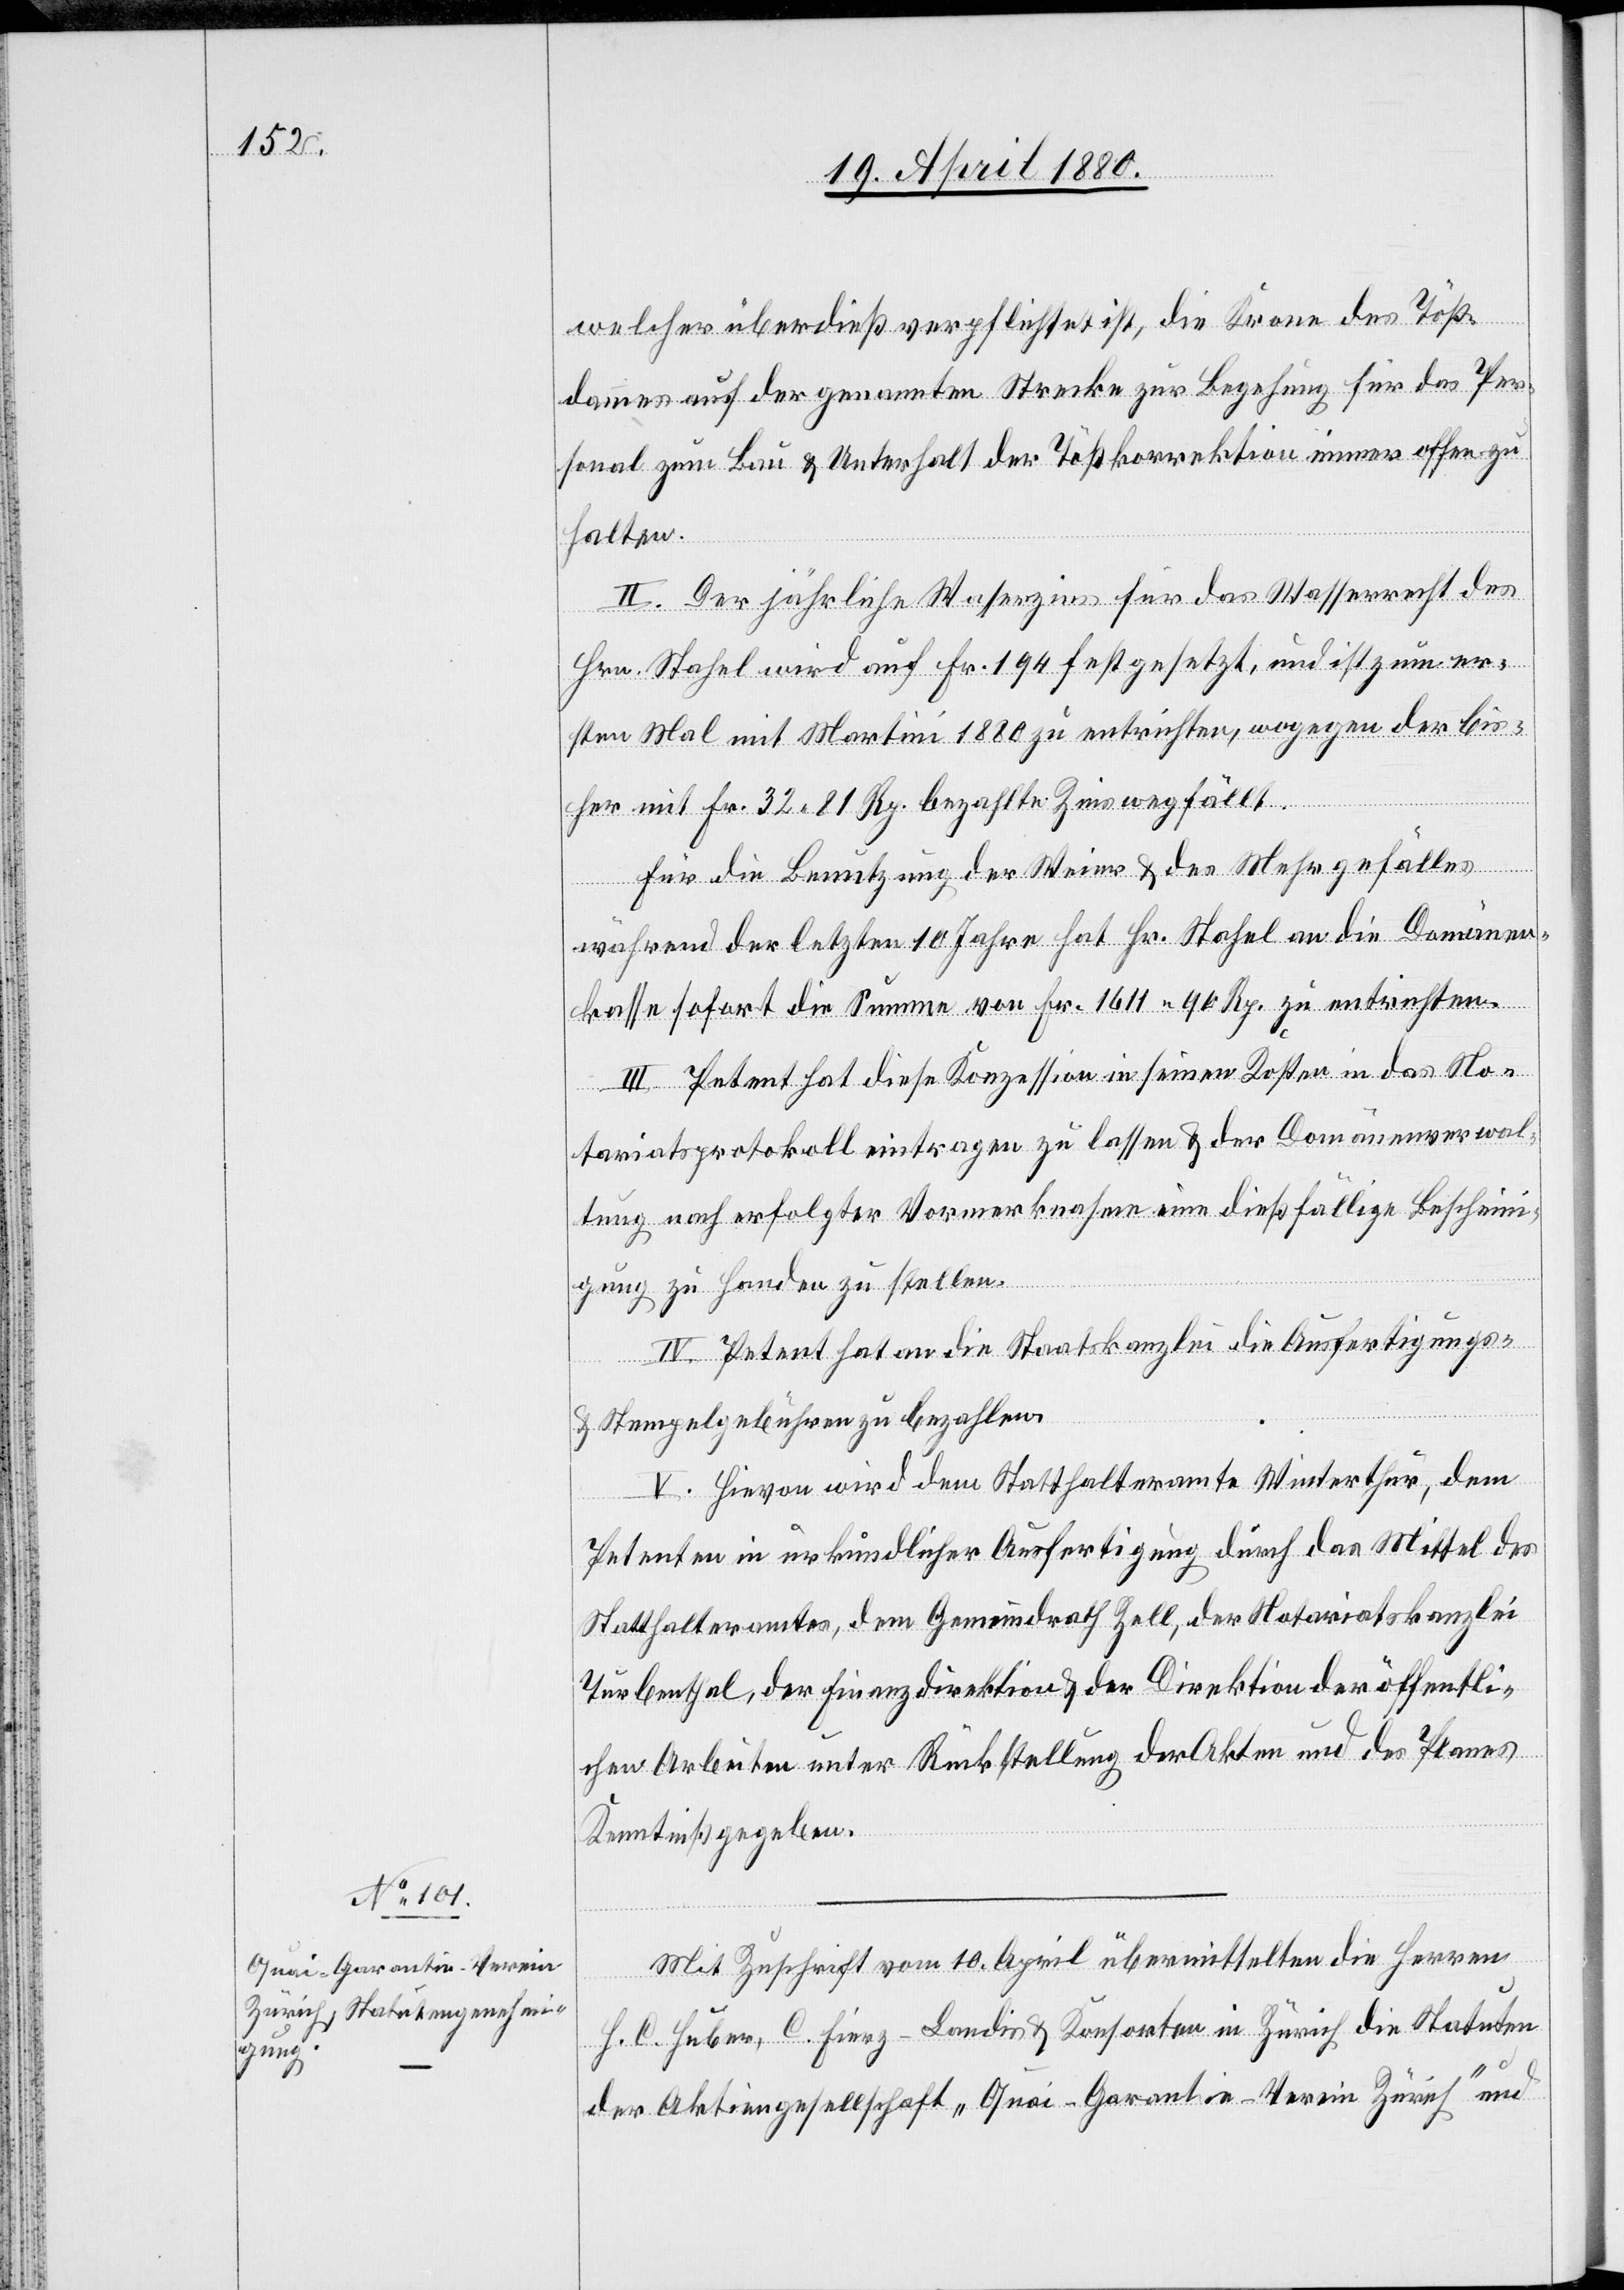
welcher überdieß verpflichtet ist, die Krone des Töß¬
dammes auf der genannten Strecke zur Begehung für das Per¬
sonal zum Bau & Unterhalt der Tößkorrektion immer offen zu
halten.
II. Der jährliche Wasserzins für das Wasserrecht des
Hrn. Stahel wird auf Fr. 194 festgesetzt, und ist zum er¬
sten Mal mit Martini 1880 zu entrichten, wogegen der bis¬
her mit Fr. 32. 81 Rp. bezahlte Zins wegfällt.
Für die Benutzung des Weier & des Mehrgefälles
während der letzten 10 Jahre hat Hr. Stahel an die Domänen¬
kasse sofort die Summe von Fr. 1611. 90 Rp. zu entrichten.
III. Petent hat diese Konzession in seinen Kosten in das No¬
tariatsprotokoll eintragen zu lassen & der Domänenverwal¬
tung zu Handen zu stellen.
IV. Petent hat an die Staatskanzlei die Ausfertigungs-
& Stempelgebühren zu bezahlen.
V. Hievon wird dem Statthalteramte Winterthur, dem
Petenten in urkundlicher Ausfertigung durch das Mittel des
Statthalteramtes, dem Gemeindrath Zell, der Notariatskanzlei
Turbenthal, der Finanzdirektion & der Direktion der öffentli¬
chen Arbeiten unter Rückstellung der Akten und des Planes
Kenntniß gegeben.
Mit Zuschrift vom 10. April übermittelten die Herren
H. C. Huber, C. Fierz-Landis & Konsorten in Zürich die Statuten
der Aktiengesellschaft „Quai-Garantie-Verein Zürich“ und